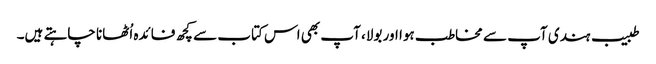
طبیب ہندی آپ سے مخاطب ہوا اور بولا، آپ بھی اس کتاب سے کچھ فائدہ اُٹھانا چاہتے ہیں۔